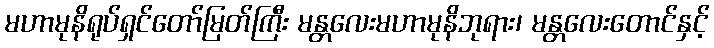
မဟာမုနိရုပ်ရှင်တော်မြတ်ကြီး မန္တလေးမဟာမုနိဘုရား၊ မန္တလေးတောင်နှင့်